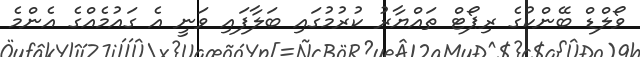
ވޯލްޑް ބޭންކުގެ ރިޕޯޓް ތައްޔާރު ކުރުމުގައި ބަލާފައި ވަނީ އެ ގައުމެއްގެ އެންމެ